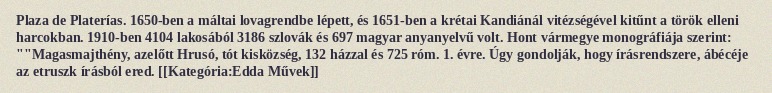
Plaza de Platerías. 1650-ben a máltai lovagrendbe lépett, és 1651-ben a krétai Kandiánál vitézségével kitűnt a török elleni harcokban. 1910-ben 4104 lakosából 3186 szlovák és 697 magyar anyanyelvű volt. Hont vármegye monográfiája szerint: ""Magasmajthény, azelőtt Hrusó, tót kisközség, 132 házzal és 725 róm. 1. évre. Úgy gondolják, hogy írásrendszere, ábécéje az etruszk írásból ered. [[Kategória:Edda Művek]]